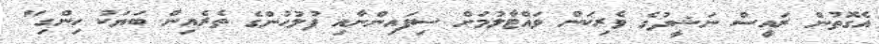
އެގޮތުން ރައީސް ނަޝީދުގެ ވެރިކަން ވައްޓާލުމަށް ސިފައިންނާއި ފުލުހުންގެ ތެރެއިން ބަޔަކު ހިންގި"